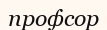
профсор